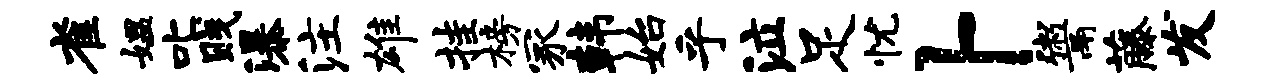
雀媪叱贱瀑注雄挂榜冢韩始乎泣足忧卜鬻藤发